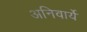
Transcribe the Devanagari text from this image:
अनिवार्ये